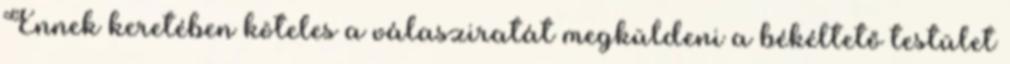
Ennek keretében köteles a válasziratát megküldeni a békéltető testület